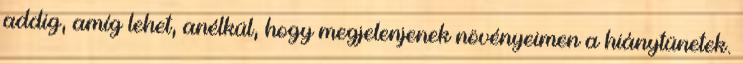
addig, amíg lehet, anélkül, hogy megjelenjenek növényeimen a hiánytünetek.